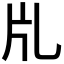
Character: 𤖨